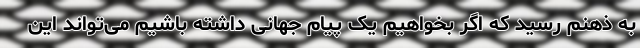
به ذهنم رسید که اگر بخواهیم یک پیام جهانی داشته باشیم می‌تواند این